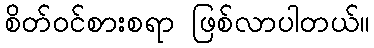
စိတ်ဝင်စားစရာ ဖြစ်လာပါတယ်။